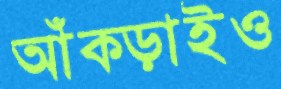
আঁক্‌ড়াইও